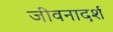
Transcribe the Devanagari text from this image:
जीवनादर्श